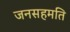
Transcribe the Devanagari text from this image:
जनसहमति